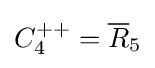
C_{4}^{++}={\overline {R}}_{5}